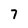
Character: 7